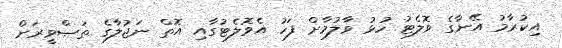
އިކުރާމު އޭނާގެ ވޮލެޓު ހުޅު ވާލުމާށް ފަހު އެވޮލެޓުގާއި އޮތް ނަޖުލާގެ ތަޞްވީރަށް